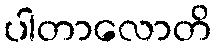
ပါတာလောတိ